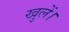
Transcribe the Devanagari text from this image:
खुलें।